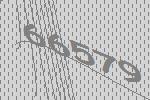
66579